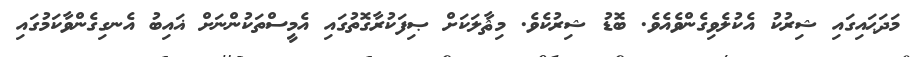
މަދަޙައިގައި ޝިރުކު އެކުލެވިގެންވެއެވެ. ބޮޑު ޝިރުކެވެ. މިޘާލަކަށް ޞިފަކުރާގޮތުގައި އެމީސްތަކުންނަށް ޣައިބު އެނގިގެންވާކަމުގައި